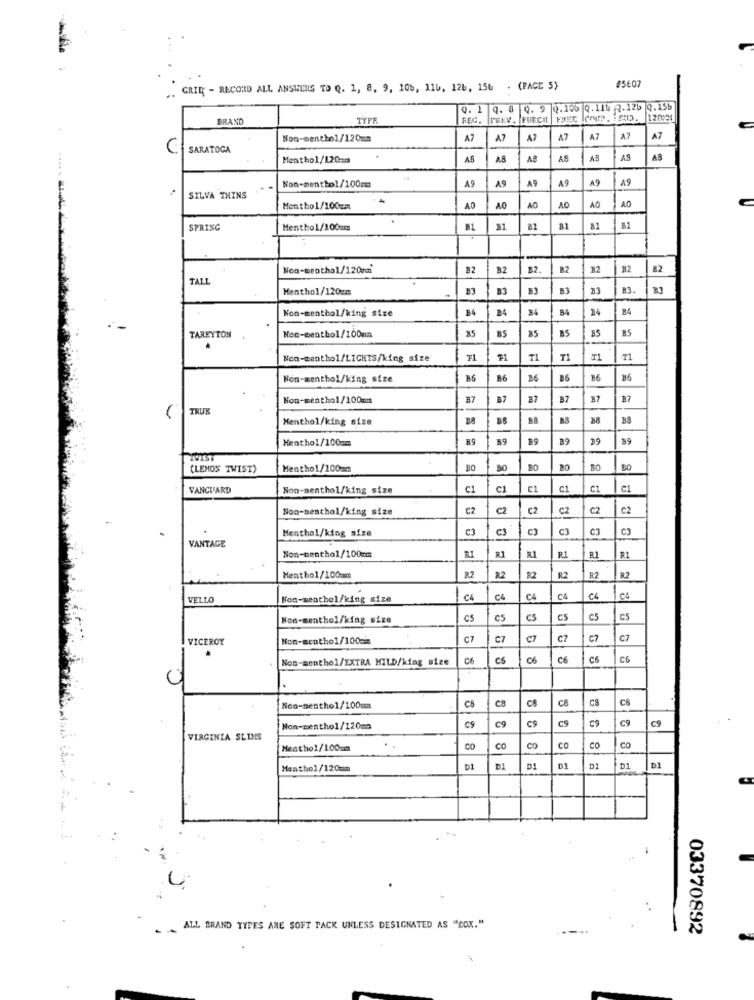
..
GRIL - RECORD ALL ANSWERS TO Q. 1, 8, 9, 106, 116, 12b, 156
. (PACE 5)
45607
9.1
9. 8
Q. 9 0.105 0.11৳ 2.126 0.15b
BRAND
TYPR
REX
PREV . PUECH
Coup . $03. 120054
Non-menthol/120mm
A7
A7
A7
A7
A7
A7
A7
C
SARATOGA
Menthol/120-
A8
AS
AS
AB
AS
AS
19
A9
A9
A9
. .
SILVA THINS
AO
Hentho1/100cm
AO
AO
AO
AO
AO
SPRISC
Menthol/100mm
31
B1
81
B1
Non-menthol/120mm
82
$2.
B2
B2
32
82
TALL
Menthol/120cm
B3
B3
83
33
83.
Non-menthol/king size
B4
B4
84
B4
B5
TAREYTON
Noc-menthol/100mm
B5
BS
Non-menthol/LICHTS/king size
₮1
T1
T1
T1
T1
Non-menthol/king size
86
86
36
B6
86
Non-menthol/100mm
87
B7
B7
37
B7
TRUH
Menthol/king size
B.A
88
Menthol/100mm
59
39
39
39
(LEMOS TWIST)
Menthol/100mm
BO
BO
BO
BO
VANGUARD
Non-menthol/king size
C1
C
C1
C1
C1
Son-menthol/king size
C2
C2
CZ
C2
C2
C2
Menthol/king size
C3
CJ
C3
CJ
VANTAGE
R1
RI
RI
Non-menthol/100cm
R1
R1
R1
Menthol/100mm
R2
82
R2
R2
R2
R2
VELLO
Non-menthol/king size
C4
C4
C4
C4
C4
1 C4
Non-menthol/king size
CS
CS
CS
C5
€5
CS
VICEROY
Non-acatho1/100mm
C7
C7
C7
C7
C7
C7
Non-menthol/EXTRA MILD/king size
C6
C6
C6
C6
C6
C6
CB
CS
Non-menthol/100mm
CB
C8
C8
C9
C9
Non-menthol/120mm
C9
C9
c9
C9
VIRGINIA SLUIS
Menthol/100=m
CO
CO
CO
CO
CO
CO
Menthol/120mm
D1
D1
D1
DI
D1
D1
D1
ALL BRAND TYPES ARE SOFT PACK UNLESS DESIGNATED AS "COX."
03370892